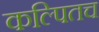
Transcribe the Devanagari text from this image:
कल्पितच